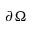
\partial \Omega